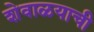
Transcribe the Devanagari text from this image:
शेवाळयाची